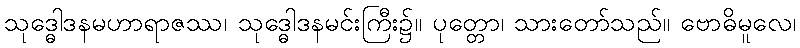
သုဒ္ဓေါဒနမဟာရာဇဿ၊ သုဒ္ဓေါဒနမင်းကြီး၌။ ပုတ္တော၊ သားတော်သည်။ ဗောဓိမူလေ၊